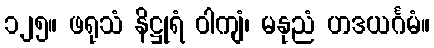
၁၂၅။ ဖရုသံ နိဋ္ဌုရံ ဝါကျံ၊ မနုညံ ဟဒယင်္ဂမံ။